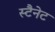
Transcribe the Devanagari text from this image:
स्टैनेट